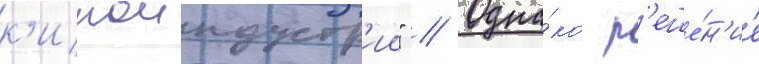
к'иноиндустр'ии" // Одна́ко р'еше́н'ие